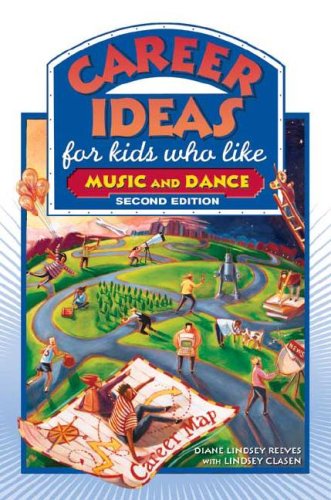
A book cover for Career Ideas for Kids Who Like Music and Dance; Diane Lindsey Reeves; Teen & Young Adult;